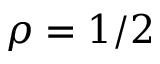
\rho = 1 / 2